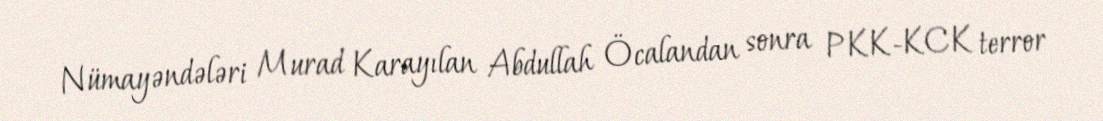
Nümayəndələri Murad Karayılan Abdullah Öcalandan sonra PKK-KCK terror